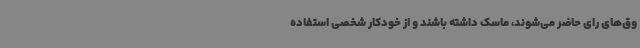
وق‌های رای حاضر می‌شوند، ماسک داشته باشند و از خودکار شخصی استفاده